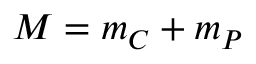
M = m _ { C } + m _ { P }